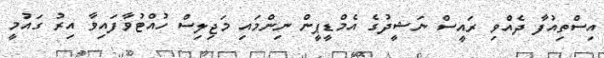
އިސްތިއުފާ ދެއްވި ރައީސް ނަޝީދުގެ އެމްޑީޕީން ނިންމައި މަޖިލިސް ހުއްޓުވާފައިވާ އިރު ގައުމީ